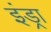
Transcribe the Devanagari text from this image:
इंड्रा